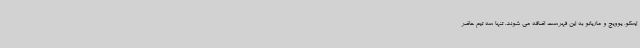
ایسکو، یوویچ و ماریانو به این فهرست اضافه می شوند. تنها سه تیم حاضر